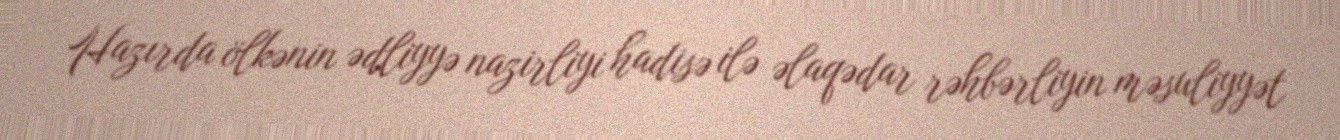
Hazırda ölkənin ədliyyə nazirliyi hadisə ilə əlaqədar rəhbərliyin məsuliyyət